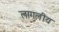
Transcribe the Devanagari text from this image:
लागलीय